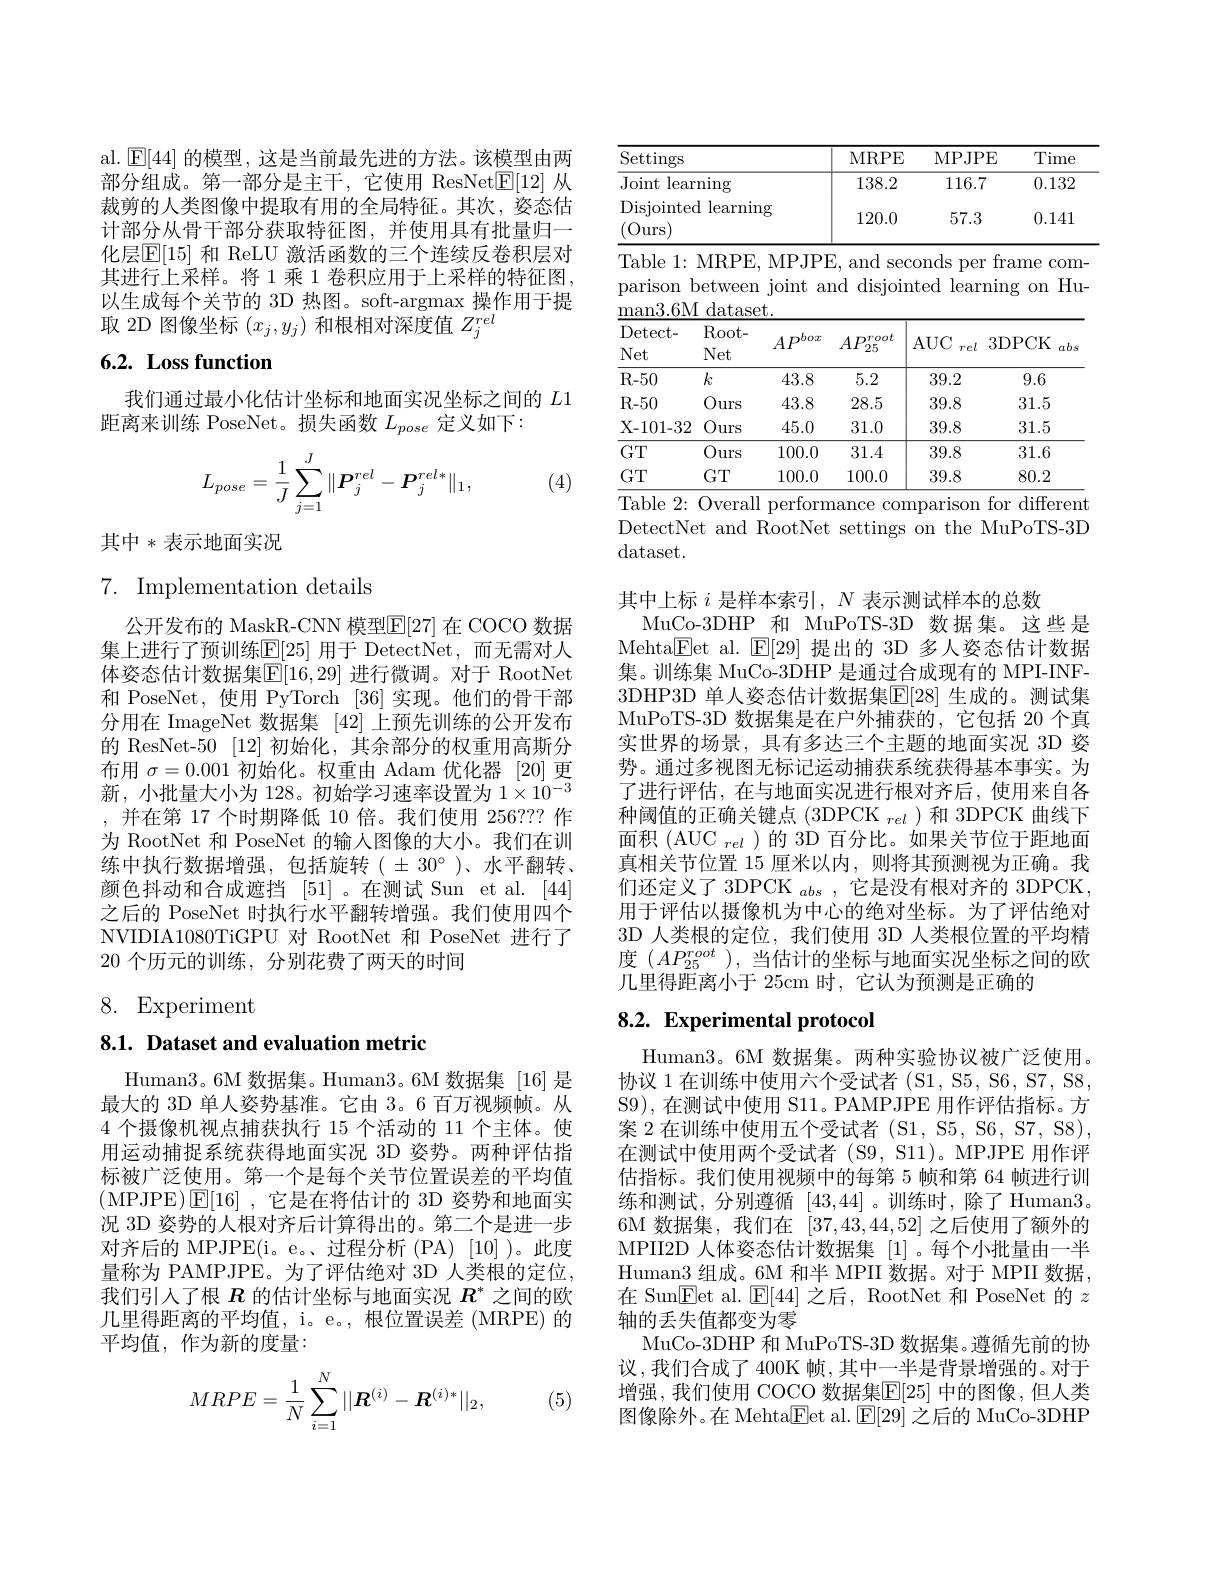
al. $\operatorname{E[44]}$的模型，这是当前最先进的方法。该模型由两部分组成。第一部分是主干，它使用 ResNet$\underline{\mathrm{E}}[12]$从裁剪的人类图像中提取有用的全局特征。其次，姿态估计部分从骨干部分获取特征图，并使用具有批量归一化层$\mathbb{E}[15]$ 和 ReLU 激活函数的三个连续反卷积层对其进行上采样。将1乘 1 卷积应用于上采样的特征图， 以生成每个关节的 3D 热图。soft-argmax 操作用于提取 2D 图像坐标$(x_j,y_j)$和根相对深度值$Z_j^rel$

# 6.2. Loss function

我们通过最小化估计坐标和地面实况坐标之间的$L1$
距离来训练 PoseNet。损失函数$L_pose$定义如下：
$$L_{pose}=\dfrac{1}{J}\sum_{j=1}^{J}\|\boldsymbol{P}_{j}^{rel}-\boldsymbol{P}_{j}^{rel*}\|_{1},$$
(4)

其中*表示地面实况

## $7.{\mathrm{~Implementation~details}}$

公开发布的 MaskR-CNN 模型$\mathbb{E}[27]$ 在 COCO 数据集上进行了预训练$\mathbb{E}[25]$ 用于 DetectNet,而无需对人体姿态估计数据集$\overline{\mathbb{E}}[16,29]$ 进行微调。对于 RootNet 和 PoseNet, 使用 PyTorch [36]实现。他们的骨干部分用在 ImageNet 数据集 [42] 上预先训练的公开发布的 ResNet-50 [12] 初始化，其余部分的权重用高斯分布用$\sigma=0.001$初始化。权重由 Adam 优化器 [20]更新，小批量大小为 128。初始学习速率设置为$1\times10^{-3}$ ,并在第 17 个时期降低 10 倍。我们使用 256??? 作为 RootNet 和 PoseNet 的输入图像的大小。我们在训练中执行数据增强，包括旋转( $\pm$ 30°)、水平翻转、 颜色抖动和合成遮挡 [51]。在测试 Sun et al. [44] 之后的 PoseNet 时执行水平翻转增强。我们使用四个NVIDIA1080TiGPU 对 RootNet 和 PoseNet 进行了20 个历元的训练，分别花费了两天的时间

8. Experiment

## 8.1. Dataset and evaluation metric

Human3。6M 数据集。Human3。6M 数据集 [16] 是最大的 3D 单人姿势基准。它由 3。6 百万视频帧。从4 个摄像机视点捕获执行 15 个活动的 11 个主体。使用运动捕捉系统获得地面实况 3D 姿势。两种评估指标被广泛使用。第一个是每个关节位置误差的平均值(MPJPE$)\operatorname{\overline{\mathrm{E}}}[16]~,~$它是在将估计的 3D 姿势和地面实况 3D 姿势的人根对齐后计算得出的。第二个是进一步对齐后的 MPJPE(i。e。、过程分析 (PA)[10] )。此度量称为 PAMPJPE。为了评估绝对 3D 人类根的定位， 我们引入了根$R$的估计坐标与地面实况$R^*$之间的欧几里得距离的平均值，i。e。, 根位置误差 (MRPE) 的平均值，作为新的度量：

(5)
$$MRPE=\dfrac{1}{N}\sum_{i=1}^N||\boldsymbol{R}^{(i)}-\boldsymbol{R}^{(i)*}||_2,$$
<table>
	<tbody>
		<tr>
			<th>$\operatorname{Settings}$</th>
			<th>MRPE</th>
			<th>MPJPE</th>
			<th>Time</th>
		</tr>
		<tr>
			<td>Joint learning</td>
			<td>138.2</td>
			<td>116.7</td>
			<td>0.132</td>
		</tr>
		<tr>
			<td>Disjointed learning (Ours</td>
			<td>120.0</td>
			<td>57.3</td>
			<td>0.141</td>
		</tr>
	</tbody>
</table>

<table>
	<tbody>
		<tr>
			<th>Detect- </th>
			<th>$Root-$</th>
			<th>$D^{bo\boldsymbol{x}}$</th>
			<th>nroot</th>
			<th>ATIC</th>
			<th> </th>
		</tr>
		<tr>
			<td>R- 50</td>
			<td>$k$</td>
			<td>43.8</td>
			<td>5.2</td>
			<td>39.2</td>
			<td>9.6</td>
		</tr>
		<tr>
			<td>R- 50</td>
			<td>Ours</td>
			<td>43.8</td>
			<td>28.5</td>
			<td>39.8</td>
			<td>31.5</td>
		</tr>
		<tr>
			<td>X- 101- 32</td>
			<td>Ours</td>
			<td>45.0</td>
			<td>31.0</td>
			<td>39.8</td>
			<td>31.5</td>
		</tr>
		<tr>
			<td>$GT$</td>
			<td>Ours 1</td>
			<td>100.0</td>
			<td>31.4</td>
			<td>39.8</td>
			<td>31.6</td>
		</tr>
		<tr>
			<td>$GT$</td>
			<td>$GT$</td>
			<td>100.0</td>
			<td>100.0</td>
			<td>39.8</td>
			<td>80.2</td>
		</tr>
	</tbody>
</table>
Table 2: Overall performance comparison for different

DetectNet and RootNet settings on the MuPoTS-3D
dataset.

其中上标$i$是样本索引$,N$表示测试样本的总数
MuCo-3DHP 和 MuPoTS-3D 数据集。这些是Mehta$\underline{\mathrm{E}}$et al. $\underline{\mathrm{E}}[29]$提出的 3D 多人姿态估计数据集。训练集 MuCo-3DHP 是通过合成现有的 MPI-INF- 3DHP3D 单人姿态估计数据集$\overline{\mathbb{E}}[28]$ 生成的。测试集MuPoTS-3D 数据集是在户外捕获的，它包括 20 个真实世界的场景，具有多达三个主题的地面实况 3D 姿势。通过多视图无标记运动捕获系统获得基本事实。为了进行评估，在与地面实况进行根对齐后，使用来自各种阈值的正确关键点(3DPCK $_rel$)和 3DPCK 曲线下面积(AUC $_{rel}$)的 3D 百分比。如果关节位于距地面真相关节位置 15 厘米以内，则将其预测视为正确。我们还定义了 3DPCK $_abs$,它是没有根对齐的 3DPCK, 用于评估以摄像机为中心的绝对坐标。为了评估绝对3D 人类根的定位，我们使用 3D 人类根位置的平均精度$(AP_{25}^{root}$ ), 当估计的坐标与地面实况坐标之间的欧几里得距离小于 25cm 时，它认为预测是正确的

## 8.2. Experimental protocol

Human3。6M 数据集。两种实验协议被广泛使用。协议 1 在训练中使用六个受试者 (S1, S5, S6, S7, S8, S9),在测试中使用 S11。PAMPJPE 用作评估指标。方案 2 在训练中使用五个受试者 (S1, S5, S6, S7, S8), 在测试中使用两个受试者 (S9, S11)。MPJPE 用作评估指标。我们使用视频中的每第 5 帧和第 64 帧进行训练和测试，分别遵循[43,44]。训练时，除了Human3。6M 数据集，我们在[37,43,44,52]之后使用了额外的MPII2D 人体姿态估计数据集[1]。每个小批量由一半Human3 组成。6M 和半 MPII 数据。对于 MPII 数据， 在 Sun$\overline{\mathrm{E}}$et al.$\operatorname{E}[44]$之后，RootNet 和 PoseNet 的$z$ 轴的丢失值都变为零
MuCo- 3DHP 和 MuPoTS-3D 数据集。遵循先前的协议，我们合成了 400K 帧，其中一半是背景增强的。对于增强，我们使用 COCO 数据集$\mathbb{E}[25]$ 中的图像，但人类图像除外。在 Mehta$\underline{\mathrm{F}}$et al. $\underline{\mathrm{F}}[29]$之后的 MuCo-3DHP